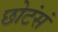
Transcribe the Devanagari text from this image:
छोटंसं